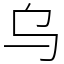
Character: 乌